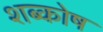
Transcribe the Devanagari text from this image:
शब्कोष